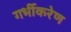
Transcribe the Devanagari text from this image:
गर्भीकरेण